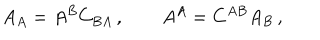
A _ { A } = A ^ { B } C _ { B A } \, , \qquad A ^ { A } = C ^ { A B } A _ { B } \, ,